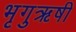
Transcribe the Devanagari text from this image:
भृगुऋषी